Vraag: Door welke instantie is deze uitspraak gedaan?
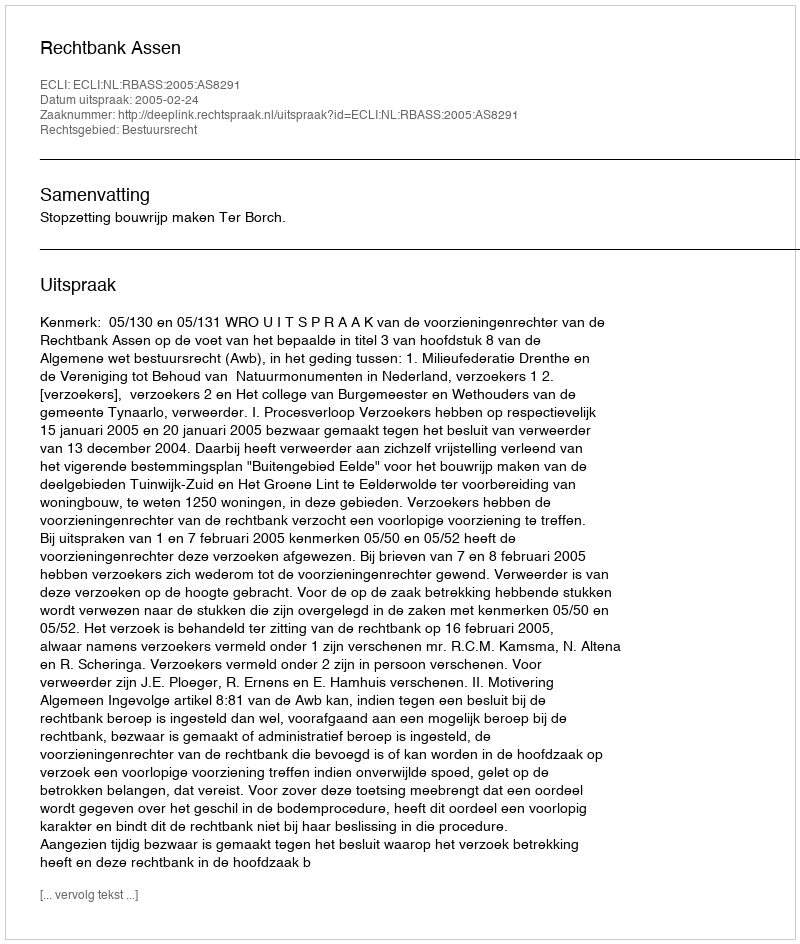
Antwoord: Rechtbank Assen